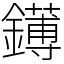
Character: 䥬